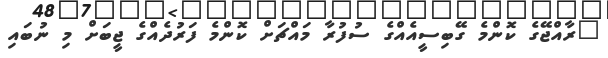
"ރާއްޖޭގެ ކޮންމެ ގޭބިސީއެއްގެ ސުފުރާ މައްޗަށް ކޮންމެ ފަރުދެއްގެ ޖީބަށް މި ނުބައި